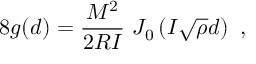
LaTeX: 8 g ( d ) = { \frac { M ^ { 2 } } { 2 R I } } \ J _ { 0 } \left( I \sqrt { \rho } d \right) \ ,